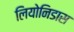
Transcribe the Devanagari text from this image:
लियोनिडास